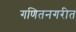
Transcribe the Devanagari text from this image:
गणितनगरीत